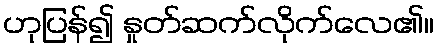
ဟုပြန်၍ နှုတ်ဆက်လိုက်လေ၏။